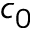
c _ { 0 }